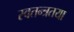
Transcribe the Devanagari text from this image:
स्वतन्त्रतया